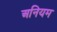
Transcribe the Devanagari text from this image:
अनियम